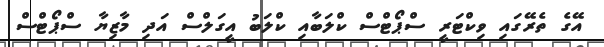
އޭގެ ތެރޭގައި ވިކްޓަރީ ސްޕޯޓްސް ކްލަބާއި ކްލަބު އީގަލްސް އަދި މާޒިޔާ ސްޕޯޓްސް